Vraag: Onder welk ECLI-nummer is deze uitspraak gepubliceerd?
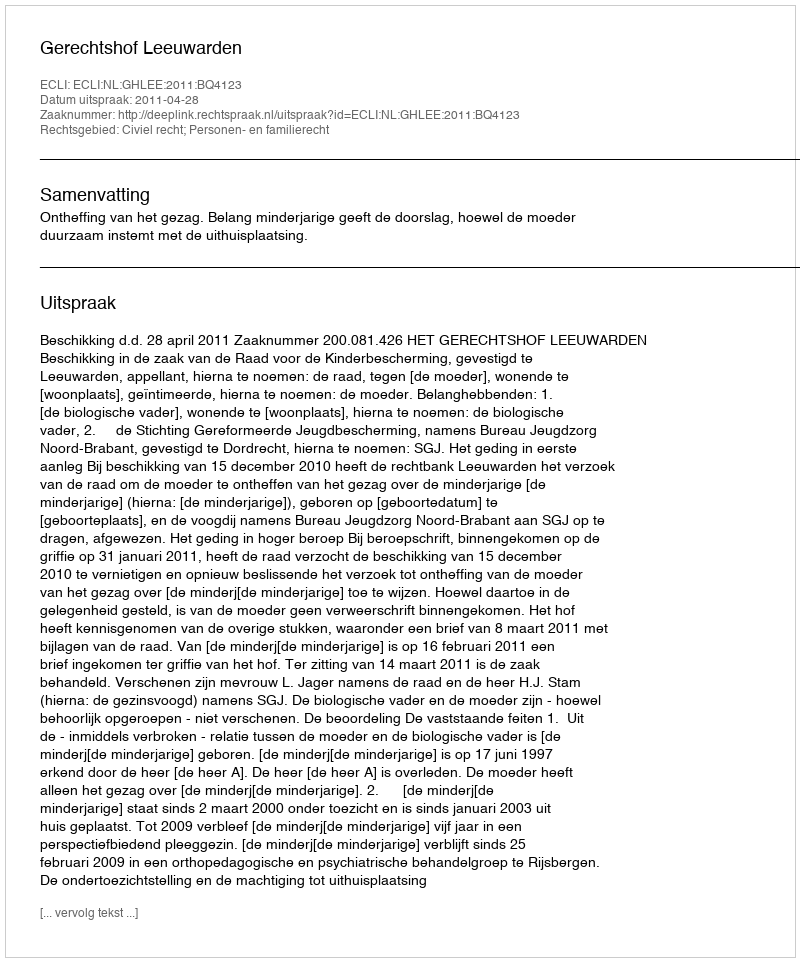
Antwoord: ECLI:NL:GHLEE:2011:BQ4123